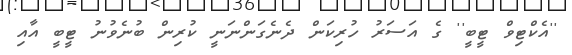
''އެކްޓިވް ޓީބީ'' ގެ އަސަރު ހުރިކަން ދެނެގަންނަނީ ކުރިން ބުނެވުނު ޓީބީ އާއި